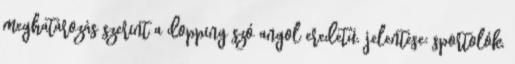
meghatározás szerint a dopping szó angol eredetű, jelentése: sportolók,